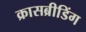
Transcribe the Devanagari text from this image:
क्रासब्रीडिंग